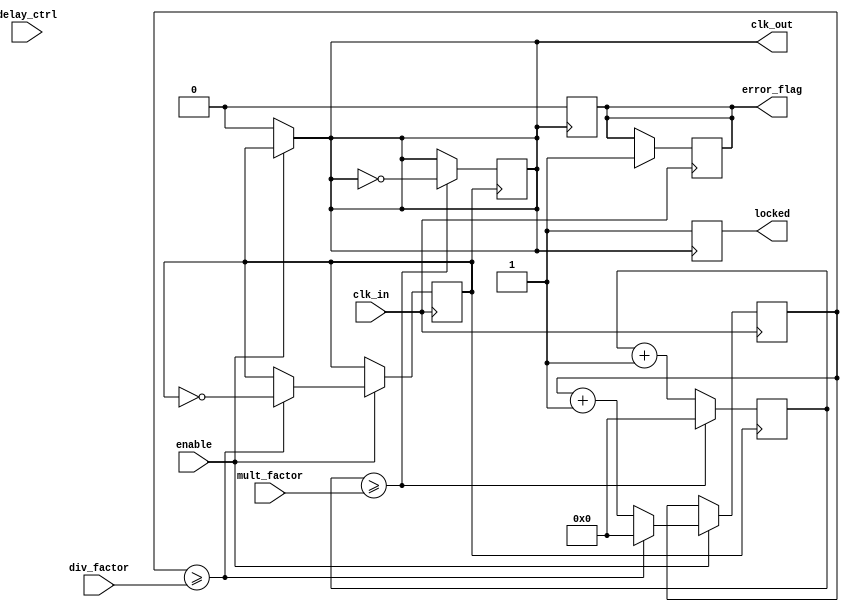
module ProgrammableClockBuffer (
    input wire clk_in,              // Primary clock input
    input wire [3:0] div_factor,    // Division factor for clock output
    input wire [3:0] mult_factor,    // Multiplication factor for clock output
    input wire delay_ctrl,           // Control for delay setting
    input wire enable,               // Enable for clock output
    output reg clk_out,              // Programmable clock output
    output reg locked,               // Status indicator: locked signal
    output reg error_flag            // Status indicator: error flag
);

    // Internal signals
    reg [3:0] divider_counter;        // Counter for division
    reg [3:0] multiplier_counter;      // Counter for multiplication
    reg clk_internal;                 // Internal clock signal
    reg delay_signal;                 // Internal signal for delay

    // Clock divider logic
    always @(posedge clk_in) begin
        if (enable) begin
            divider_counter <= divider_counter + 1;

            if (divider_counter >= div_factor) begin
                clk_internal <= ~clk_internal;
                divider_counter <= 0;
            end
        end
    end

    // Clock multiplier logic
    always @(posedge clk_internal) begin
        multiplier_counter <= multiplier_counter + 1;

        if (multiplier_counter >= mult_factor) begin
            clk_out <= ~clk_out;
            multiplier_counter <= 0;
        end
    end

    // Delay control logic
    always @(posedge clk_out or posedge delay_ctrl) begin
        if (delay_ctrl) begin
            delay_signal <= 1'b1; // Implement delay control logic
            // Note: Implement detailed delay logic based on your application
        end else begin
            delay_signal <= 1'b0;
        end
    end

    // Output clock with delay
    assign clk_out = (enable) ? clk_internal : 1'b0;

    // Status indicators
    always @(posedge clk_out) begin
        locked <= 1'b1; // Assuming lock condition is met initially
        error_flag <= 1'b0; // Assuming no error conditions initially
    end

    // Error condition (for illustration; more complex logic can be added)
    always @(posedge clk_in) begin
        if (division_by_zero_condition) begin
            error_flag <= 1'b1; // Set error flag
        end
    end

endmodule